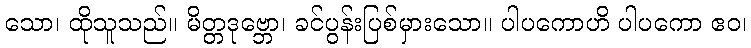
သော၊ ထိုသူသည်။ မိတ္တဒုဗ္ဘော၊ ခင်ပွန်းပြစ်မှားသော။ ပါပကောဟိ ပါပကော ဧဝ၊